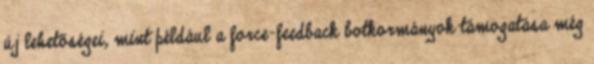
új lehetőségei, mint például a force-feedback botkormányok támogatása még